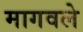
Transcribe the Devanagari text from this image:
मागवले